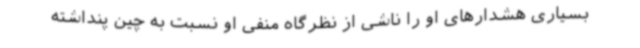
بسیاری هشدارهای او را ناشی از نظرگاه منفی او نسبت به چین پنداشته